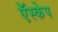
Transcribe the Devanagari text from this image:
ऍस्केप